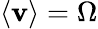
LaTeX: \left\langle\mathbf{v}\right\rangle=\Omega